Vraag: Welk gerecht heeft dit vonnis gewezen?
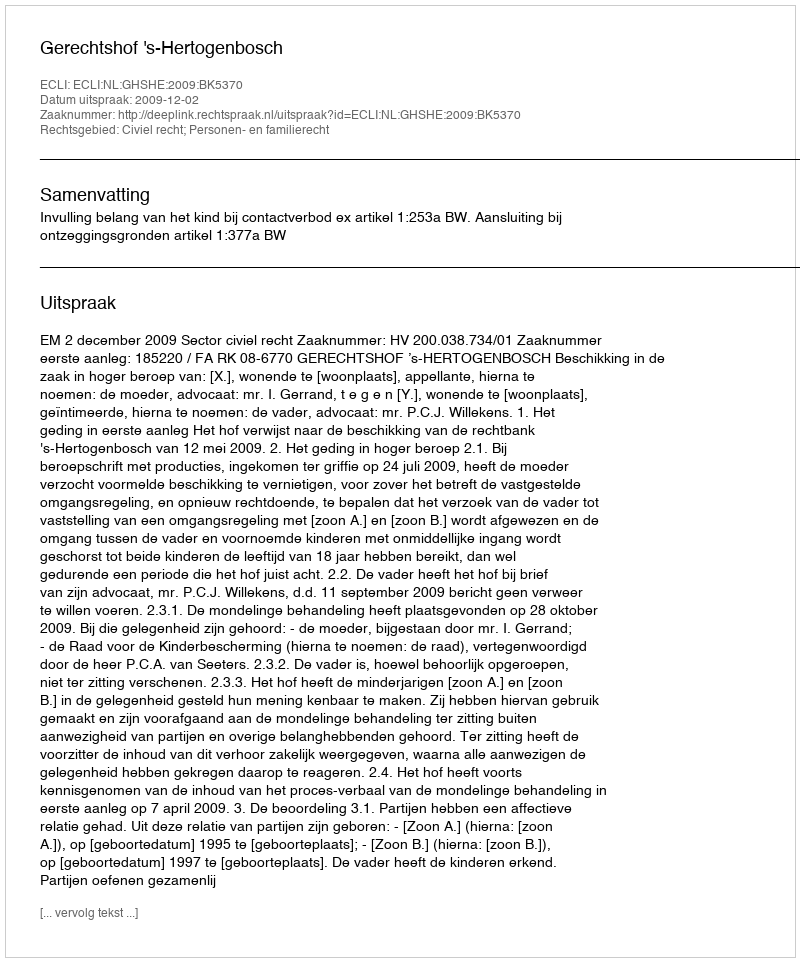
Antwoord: Gerechtshof 's-Hertogenbosch